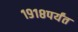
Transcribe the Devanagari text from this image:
१९१८पर्यंत